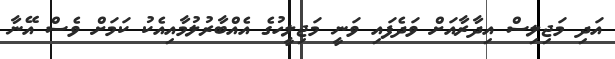
އަދި މަޖިލިސް އިދާރާއަށް ވަދެފައި ވަނީ މަޖިލީހުގެ އެއްބާރުލުމާއިއެކު ކަމަށް ވެސް އޭނާ